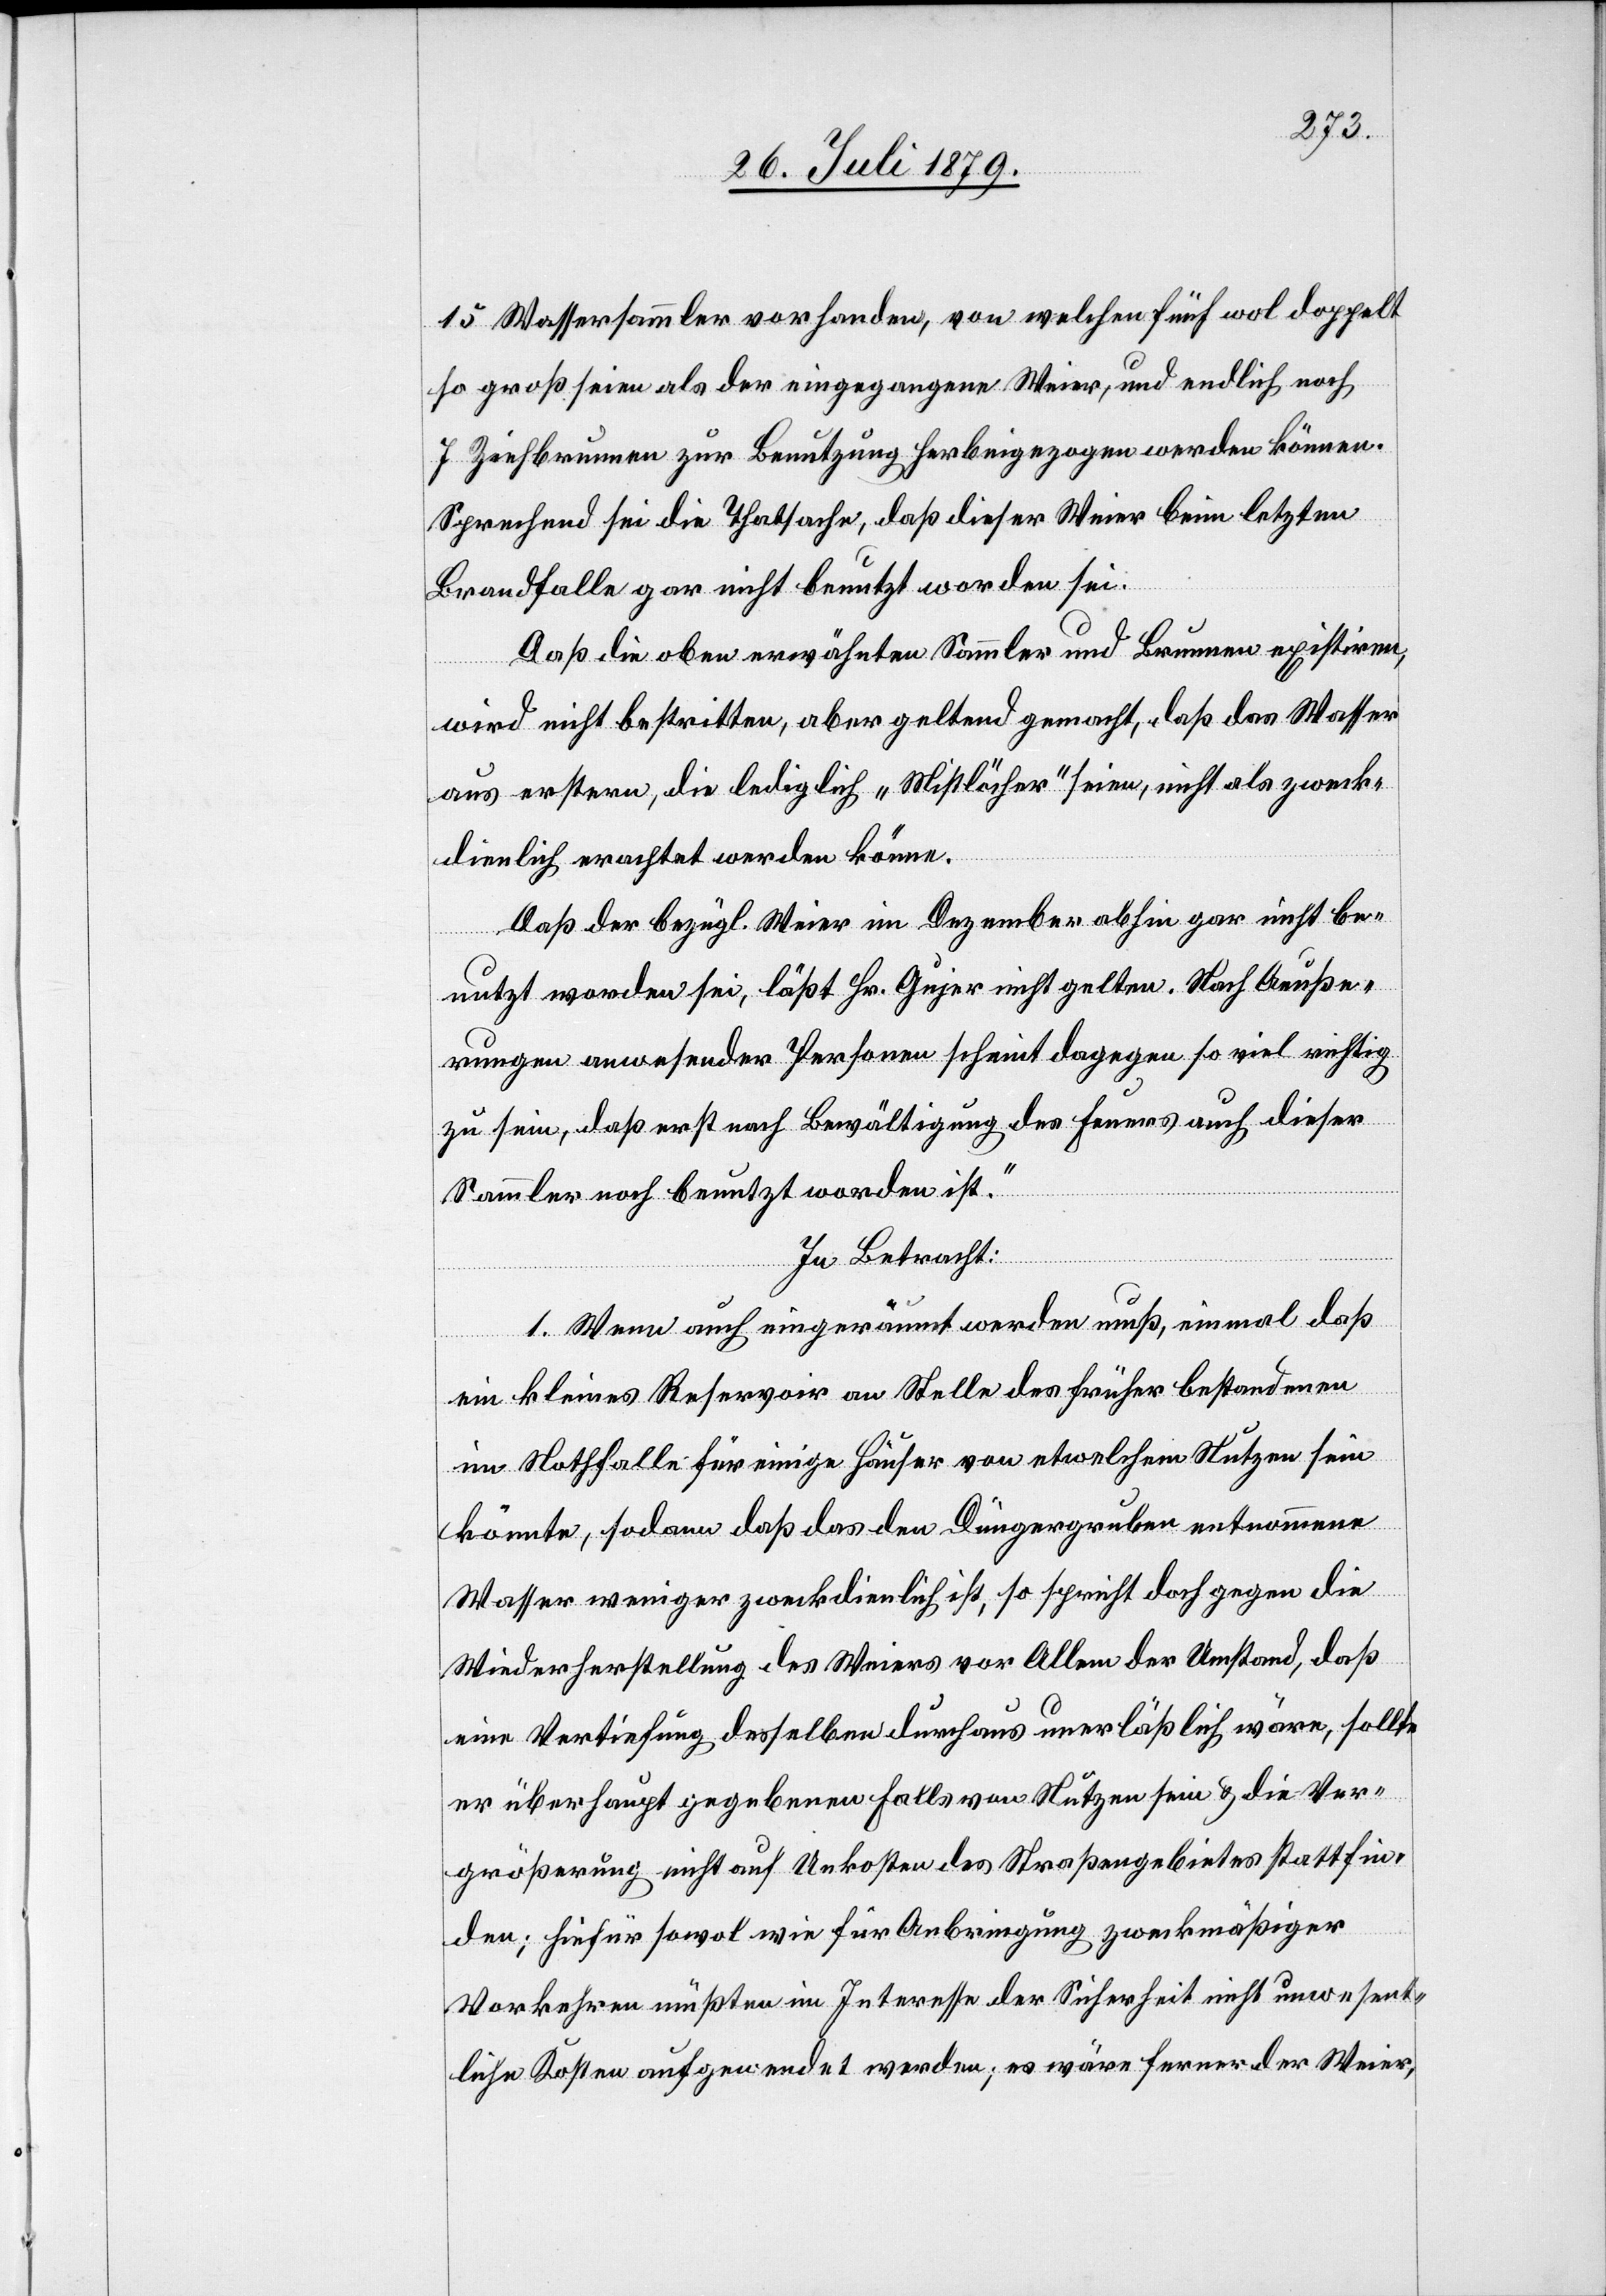
15 Wassersäulen vorhanden, von welchen fünf wol doppelt
so groß seien als der eingegangene Weier, und endlich noch
7 Ziehbrunnen zur Benutzung herbeigezogen werden können.
Sprechend sei die Thatsache, daß dieser Weier beim letzten
Brandfalle gar nicht benutzt worden sei.
Daß die oben erwähnte Sammler und Brunnen existiren,
wird nicht bestritten, aber geltend gemacht, daß das Wasser
aus erstern, die lediglich „Mistlöcher“ seien, nicht als zweck¬
dienlich erachtet werden könne.
Daß der bezügl. Weier im Dezember abhin gar nicht be¬
nutzt worden sei, läßt Hr. Gujer nicht gelten. Nach Aeuße¬
rungen anwesender Personen scheint dagegen so viel richtig
zu sein, daß erst nach Bewältigung des Feuers auch dieser
Sammler noch benutzt worden ist.“
In Betracht:
1. Wenn auch eingeräumt werden muß, einmal daß
ein kleines Reservoir an Stelle des früher bestandenen
im Nothfalle für einige Häuser von etwelchem Nutzen sein
könnte, sodann daß das den Düngergruben entnommene
Wasser weniger zweckdienlich ist, so spricht doch gegen die
Wiederherstellung des Weiers vor Allem der Umstand, daß
eine Vertiefung desselben durchaus unerlässlich wäre, sollte
er überhaupt gegebenenfalls von Nutzen sein & die Ver¬
größerung nicht auf Unkosten des Straßengebietes stattfin¬
den; hiefür sowol wie für Anbringung zweckmäßiger
Vorkehren müßten im Interesse der Sicherheit nicht unwesent¬
liche Kosten aufgewendet werden; es wäre ferner der Weier,